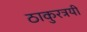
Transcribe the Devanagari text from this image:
ठाकुरत्रयी